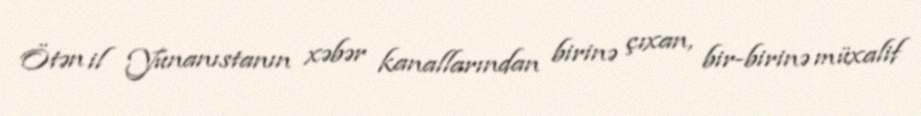
Ötən il Yunanıstanın xəbər kanallarından birinə çıxan, bir-birinə müxalif